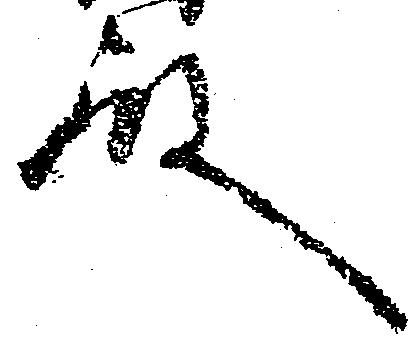
殿